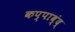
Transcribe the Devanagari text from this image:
कप्पाब्ंद्